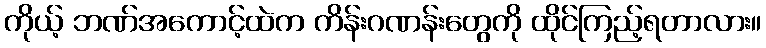
ကိုယ့် ဘဏ်အကောင့်ထဲက ကိန်းဂဏန်းတွေကို ထိုင်ကြည့်ရတာလား။